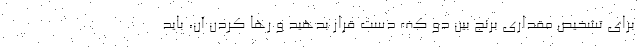
برای تشخیص مقداری برنج بین دو کف دست قرار بدهید و رها کردن آن، باید